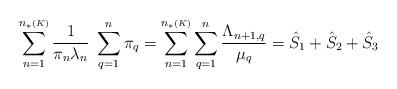
LaTeX: \begin{align*}\sum_{n=1}^{n_{*}{\scriptscriptstyle (K)}}\frac{1}{\pi_{n}\lambda_{n}}\;\sum_{q=1}^{n}\pi_{q}= \sum_{n=1}^{n_{*}{\scriptscriptstyle (K)}} \sum_{q=1}^{n} \frac{\Lambda_{n+1,q}}{\mu_{q}} = \hat{S}_{1}+\hat{S}_{2}+\hat{S}_{3}\end{align*}